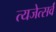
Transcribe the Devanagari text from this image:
त्यजेत्सर्वं